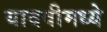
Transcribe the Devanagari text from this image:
यादवीमध्ये